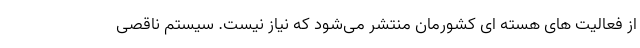
از فعالیت های هسته ای کشورمان منتشر می‌شود که نیاز نیست. سیستم ناقصی